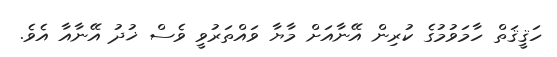
ހަޤީޤަތް ހާމަވުމުގެ ކުރިން އޭނާއަށް މާޔާ ވައްތަރުވީ ވެސް ޚުދު އޭނާއާ އެވެ.